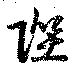
陛